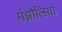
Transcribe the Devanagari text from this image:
मंझौलिया